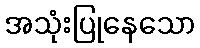
အသုံးပြုနေသော